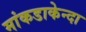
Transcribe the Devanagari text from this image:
मांकडाकेन्दा